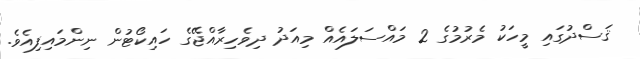
ޤަސްދުގައި މީހަކު މެރުމުގެ 2 މައްސަލައެއް މިއަދު ދިވެހިރާއްޖޭގެ ހައިކޯޓުން ނިންމައިފިއެވެ.